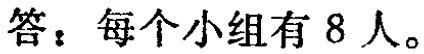
答：每个小组有 8 人。